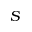
S